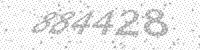
Solution: 884428